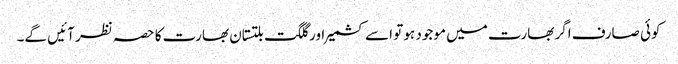
کوئی صارف اگر بھارت میں موجود ہو تو اسے کشمیر اور گلگت بلتستان بھارت کا حصہ نظر آئیں گے۔